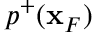
p ^ { + } ( { \bf x } _ { F } )